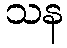
သန